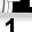
Digit: 1